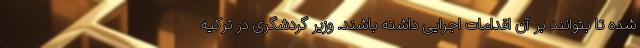
شده تا بتوانند بر آن اقدامات اجرایی داشته باشند. وزیر گردشگری در ترکیه